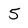
Character: 5